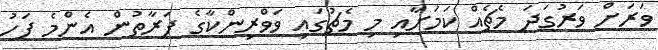
ވަރަށް ވަރުގަދަ މެޗެއް ކަމަށާއި މި މެޗުގައި ވަވްރިންކާގެ ފަރާތުން އެންމެ ފަހު